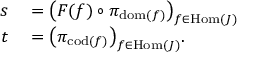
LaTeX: \begin{array} { r l } { s } & { { } = { \bigl ( } F ( f ) \circ \pi _ { \operatorname { d o m } ( f ) } { \bigr ) } _ { f \in \operatorname { H o m } ( J ) } } \\ { t } & { { } = { \bigl ( } \pi _ { \operatorname { c o d } ( f ) } { \bigr ) } _ { f \in \operatorname { H o m } ( J ) } . } \end{array}